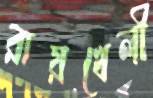
রায়খেলী